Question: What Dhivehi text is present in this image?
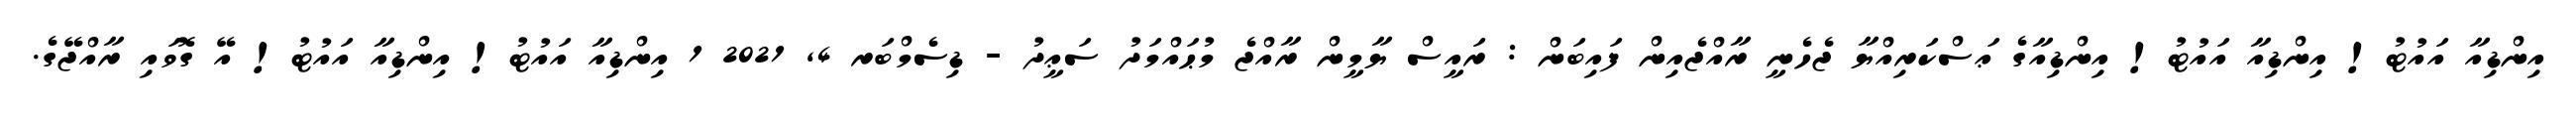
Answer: އިންޑިއާ އައުޓު! އިންޑިއާ އައުޓު! އިންޑިއާގެ ޢަސްކަރިއްޔާ ޖެހެނީ ރާއްޖެއިން ފައިބަން : ރައީސް ޔާމީން ރާއްޖެ މުޙައްމަދު ސަޢީދު - ޑިސެމްބަރ 4, 2021 1 އިންޑިއާ އައުޓު! އިންޑިއާ އައުޓު! އޭ ގޮވައި ރާއްޖޭގެ.